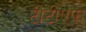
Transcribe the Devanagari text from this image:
टीटीएफ